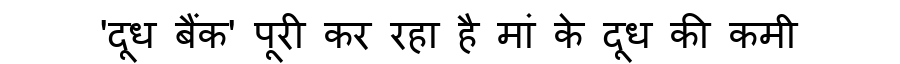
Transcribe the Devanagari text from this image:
'दूध बैंक' पूरी कर रहा है मां के दूध की कमी